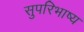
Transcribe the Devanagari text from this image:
सुपरिभाष्य